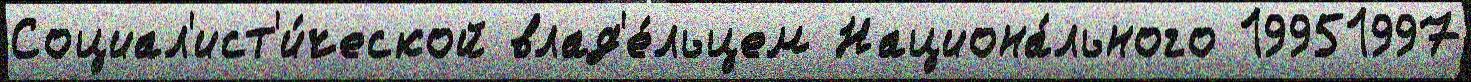
Социал'ист'и́ческой влад'е́льцем Национа́льного 19951997